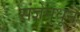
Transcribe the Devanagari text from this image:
संज्ञेमधून